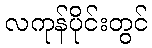
လကုန်ပိုင်းတွင်